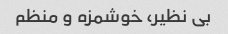
بی نظیر، خوشمزه و منظم